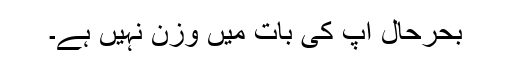
بحرحال آپ کی بات میں وزن نہیں ہے۔